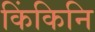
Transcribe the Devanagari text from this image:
किंकिनि